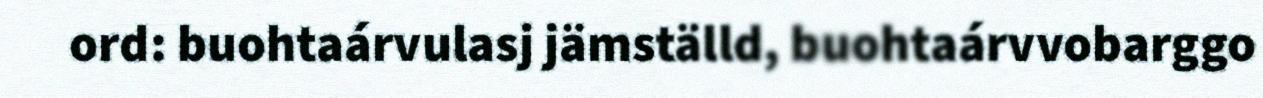
ord: buohtaárvulasj jämställd, buohtaárvvobarggo